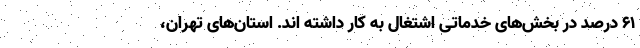
۶۱ درصد در بخش‌های خدماتی اشتغال به کار داشته اند. استان‌های تهران،